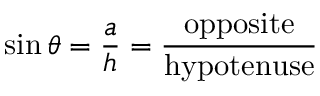
\sin \theta = { \frac { a } { h } } = { \frac { \mathrm { o p p o s i t e } } { \mathrm { h y p o t e n u s e } } }